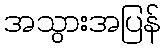
အသွားအပြန်